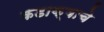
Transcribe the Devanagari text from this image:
कडाक्याचे